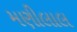
મણીલાલ